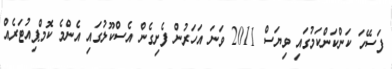
ފަސޭހަ ކަންކަންކަމުގައި ވިޔަސް 2011 ވަނަ އަހަރުން ފެށިގެން އެސްކޫލުގައި އެންމެ ކޮމްޕިއުޓަރެއް